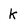
Character: k